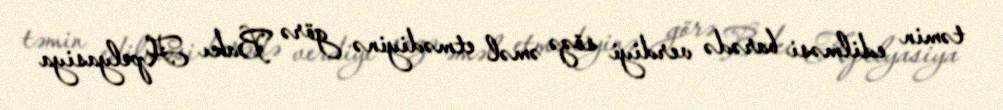
təmin edilməsi barədə verdiyi sözə əməl etmədiyinə görə Bakı Apelyasiya